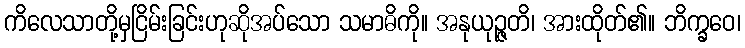
ကိလေသာတို့မှငြိမ်းခြင်းဟုဆိုအပ်သော သမာဓိကို။ အနုယုဉ္ဇတိ၊ အားထိုတ်၏။ ဘိက္ခဝေ၊